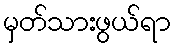
မှတ်သားဖွယ်ရာ